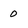
Character: 0